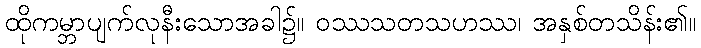
ထိုကမ္ဘာပျက်လုနီးသောအခါ၌။ ဝဿသတသဟဿ၊ အနှစ်တသိန်း၏။